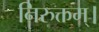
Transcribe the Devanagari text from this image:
निरुक्तम्।